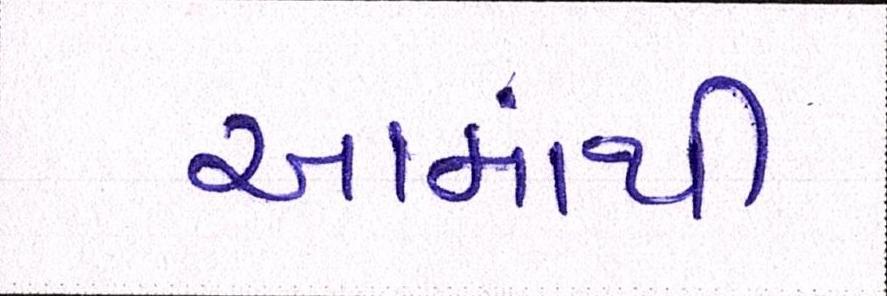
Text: આમાંથી